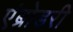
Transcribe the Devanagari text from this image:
एंब्रोडरी